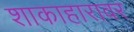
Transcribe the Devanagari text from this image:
शाकाहारावर